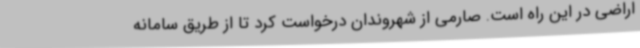
اراضی در این راه است. صارمی از شهروندان درخواست کرد تا از طریق سامانه